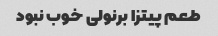
طعم پیتزا برنولی خوب نبود